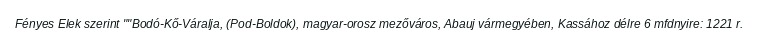
Fényes Elek szerint ""Bodó-Kő-Váralja, (Pod-Boldok), magyar-orosz mezőváros, Abauj vármegyében, Kassához délre 6 mfdnyire: 1221 r.